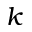
k